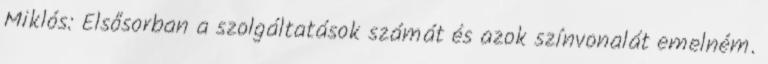
Miklós: Elsősorban a szolgáltatások számát és azok színvonalát emelném.